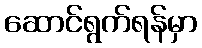
ဆောင်ရွက်ရန်မှာ